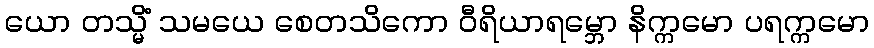
ယော တသ္မိံ သမယေ စေတသိကော ဝီရိယာရမ္ဘော နိက္ကမော ပရက္ကမော